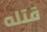
قتله